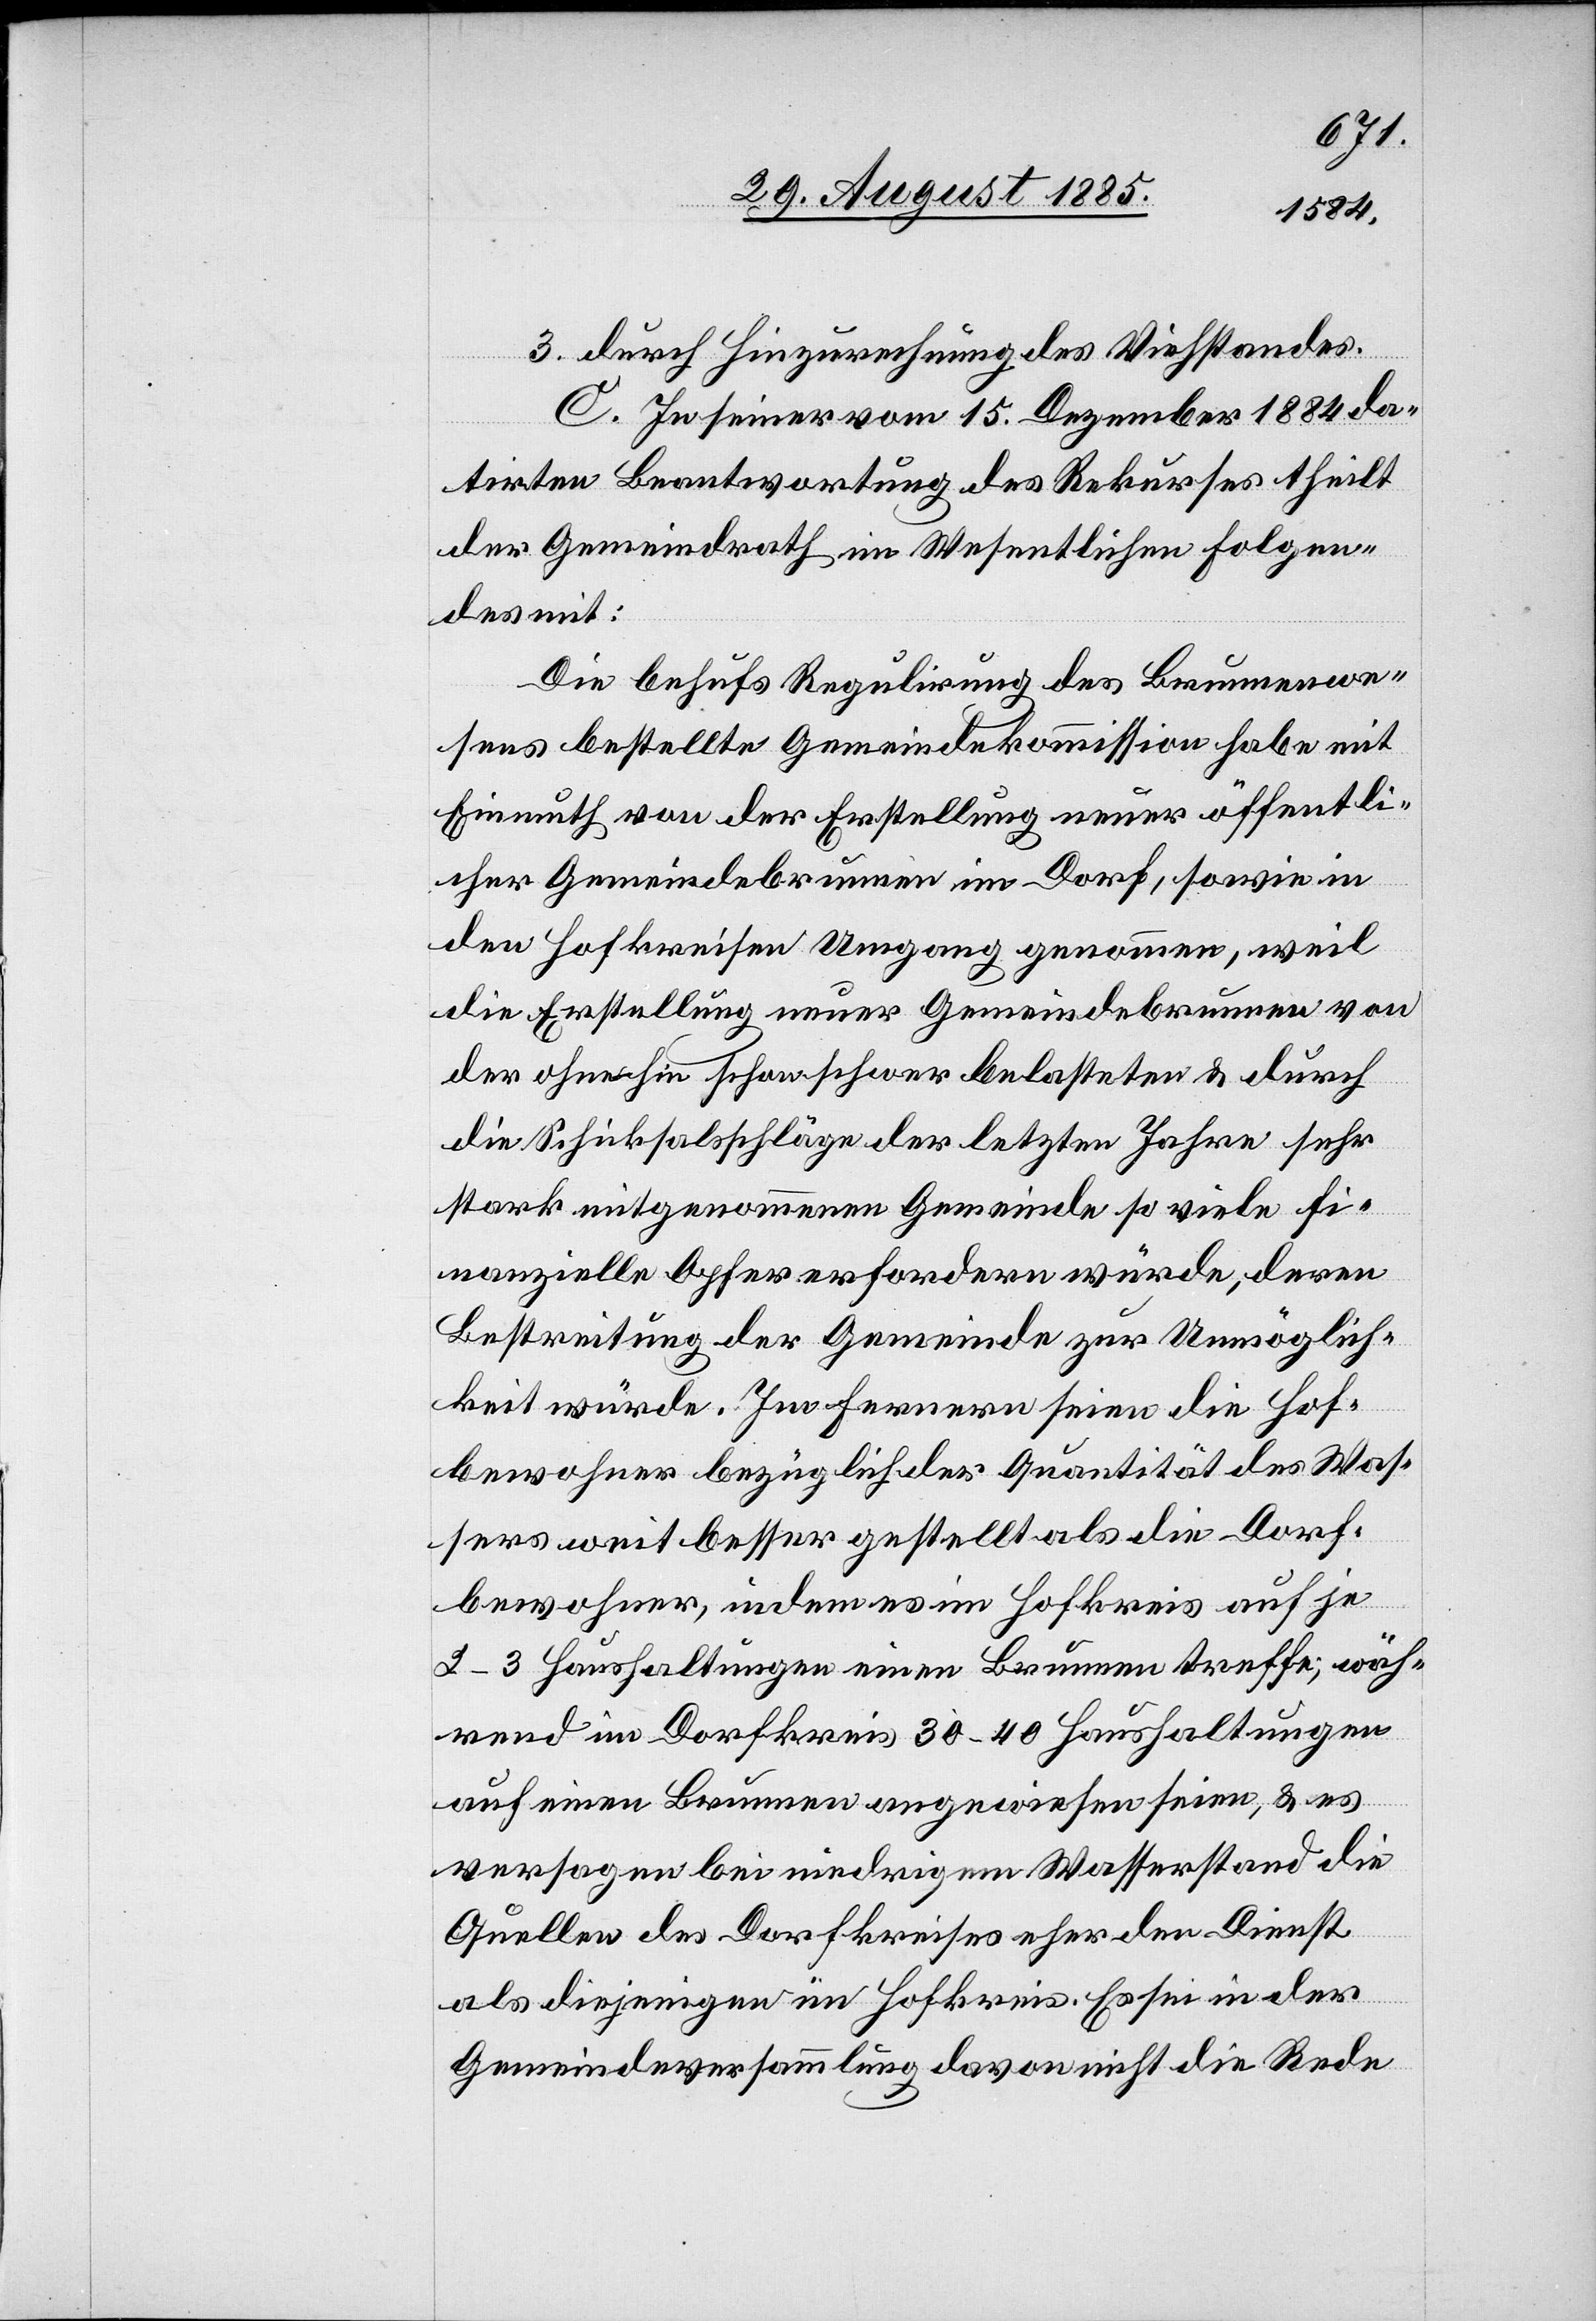
3. durch Hinzurechnung des Viehstandes.
C. In seiner vom 15. Dezember 1884 da¬
tirten Beantwortung des Rekurses theilt
der Gemeindrath im Wesentlichen Folgen¬
des mit:
Die behufs Regulirung des Brunnenwe¬
sens bestellte Gemeindekommission habe mit
Einmuth von der Erstellung neuer öffentlic¬
her Gemeindebrunnen im Dorf, sowie in
den Hofkreisen Umgang genommen, weil
die Erstellung neuer Gemeindebrunnen von
der ohnehin schon schwer belasteten & durch
die Schicksalsschläge der letzten Jahre sehr
stark mitgenommenen Gemeinde so viele fi¬
nanzielle Opfer erfordern würde, deren
Bestreitung der Gemeinde zur Unmöglich¬
keit würde. Im Fernern seien die Hof¬
bewohner bezüglich der Quantität des Was¬
sers weit besser gestellt als die Dorf¬
bewohner, indem es im Hofkreis auf je
2–3 Haushaltungen einen Brunnen treffe; wäh¬
rend im Dorfkreis 30–40 Haushaltungen
auf einen Brunnen angewiesen seien, & es
versagen bei niedrigem Wasserstand die
Quellen des Dorfkreises eher den Dienst
als diejenigen im Hofkreis. Es sei in der
Gemeindeversammlung davon nicht die Rede